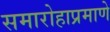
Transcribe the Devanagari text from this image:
समारोहाप्रमाणे